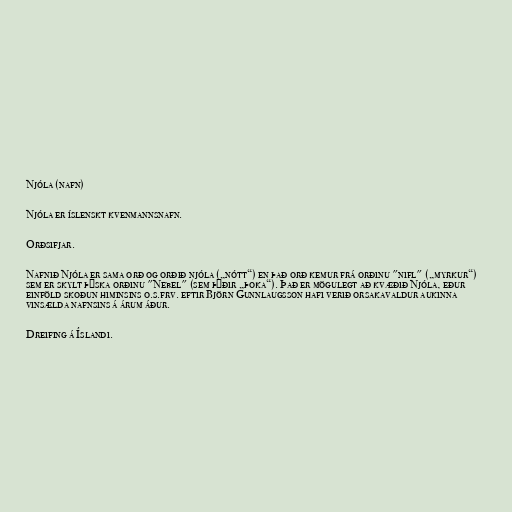
Njóla (nafn)

Njóla er íslenskt kvenmannsnafn.

Orðsifjar.

Nafnið Njóla er sama orð og orðið njóla („nótt“) en það orð kemur frá orðinu "nifl" („myrkur“)
sem er skylt þýska orðinu "Nebel" (sem þýðir „þoka“). Það er mögulegt að kvæðið Njóla, eður
einföld skoðun himinsins o.s.frv. eftir Björn Gunnlaugsson hafi verið orsakavaldur aukinna
vinsælda nafnsins á árum áður.

Dreifing á Íslandi.